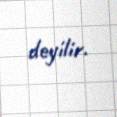
deyilir.